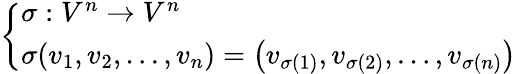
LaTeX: \left\{ \begin{array}{ll}{\sigma:V^{n}\to V^{n}}\\ {\sigma(v_{1},v_{2},\ldots,v_{n})=\left(v_{\sigma(1)},v_{\sigma(2)},\ldots,v_{\sigma(n)}\right)}\end{array}\right.